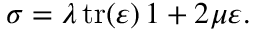
\boldsymbol { \sigma } = \lambda \, \mathrm { t r } ( \boldsymbol { \varepsilon } ) \, \boldsymbol { 1 } + 2 \mu \boldsymbol { \varepsilon } .